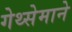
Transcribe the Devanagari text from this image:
गेथ्सेमाने